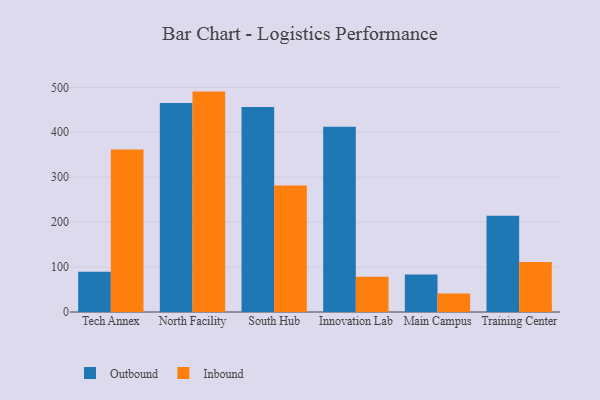
{"axis": {"x": "Campus", "y": "Customer Acquisition Cost (USD)"}, "legend": ["Inbound", "Outbound"], "data": [{"x": "Tech Annex", "y": 89.4, "type": "Outbound"}, {"x": "Tech Annex", "y": 361.9, "type": "Inbound"}, {"x": "North Facility", "y": 465.0, "type": "Outbound"}, {"x": "North Facility", "y": 490.5, "type": "Inbound"}, {"x": "South Hub", "y": 456.5, "type": "Outbound"}, {"x": "South Hub", "y": 281.4, "type": "Inbound"}, {"x": "Innovation Lab", "y": 412.2, "type": "Outbound"}, {"x": "Innovation Lab", "y": 78.4, "type": "Inbound"}, {"x": "Main Campus", "y": 83.7, "type": "Outbound"}, {"x": "Main Campus", "y": 40.9, "type": "Inbound"}, {"x": "Training Center", "y": 214.0, "type": "Outbound"}, {"x": "Training Center", "y": 111.0, "type": "Inbound"}]}